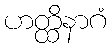
ဟတ္ထိနာဂံ